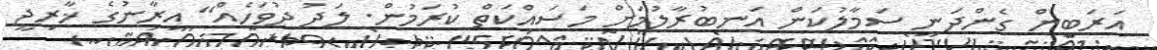
އަރަބީން ގެންދަނީ ސަމާލުކަން އަނބުރާލުމަށް މަސައްކަތް ކުރަމުން. ލަދު ދުވަހެއް" އީރާނުގެ ޚާރިޖީ